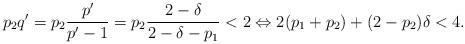
LaTeX: \begin{align*}p_2q'=p_2\frac{p'}{p'-1}=p_2 \frac{2-\delta}{2-\delta-p_1}<2 \Leftrightarrow 2(p_1+p_2)+(2-p_2)\delta<4.\end{align*}